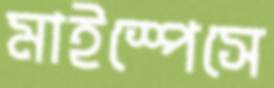
মাইস্পেসে